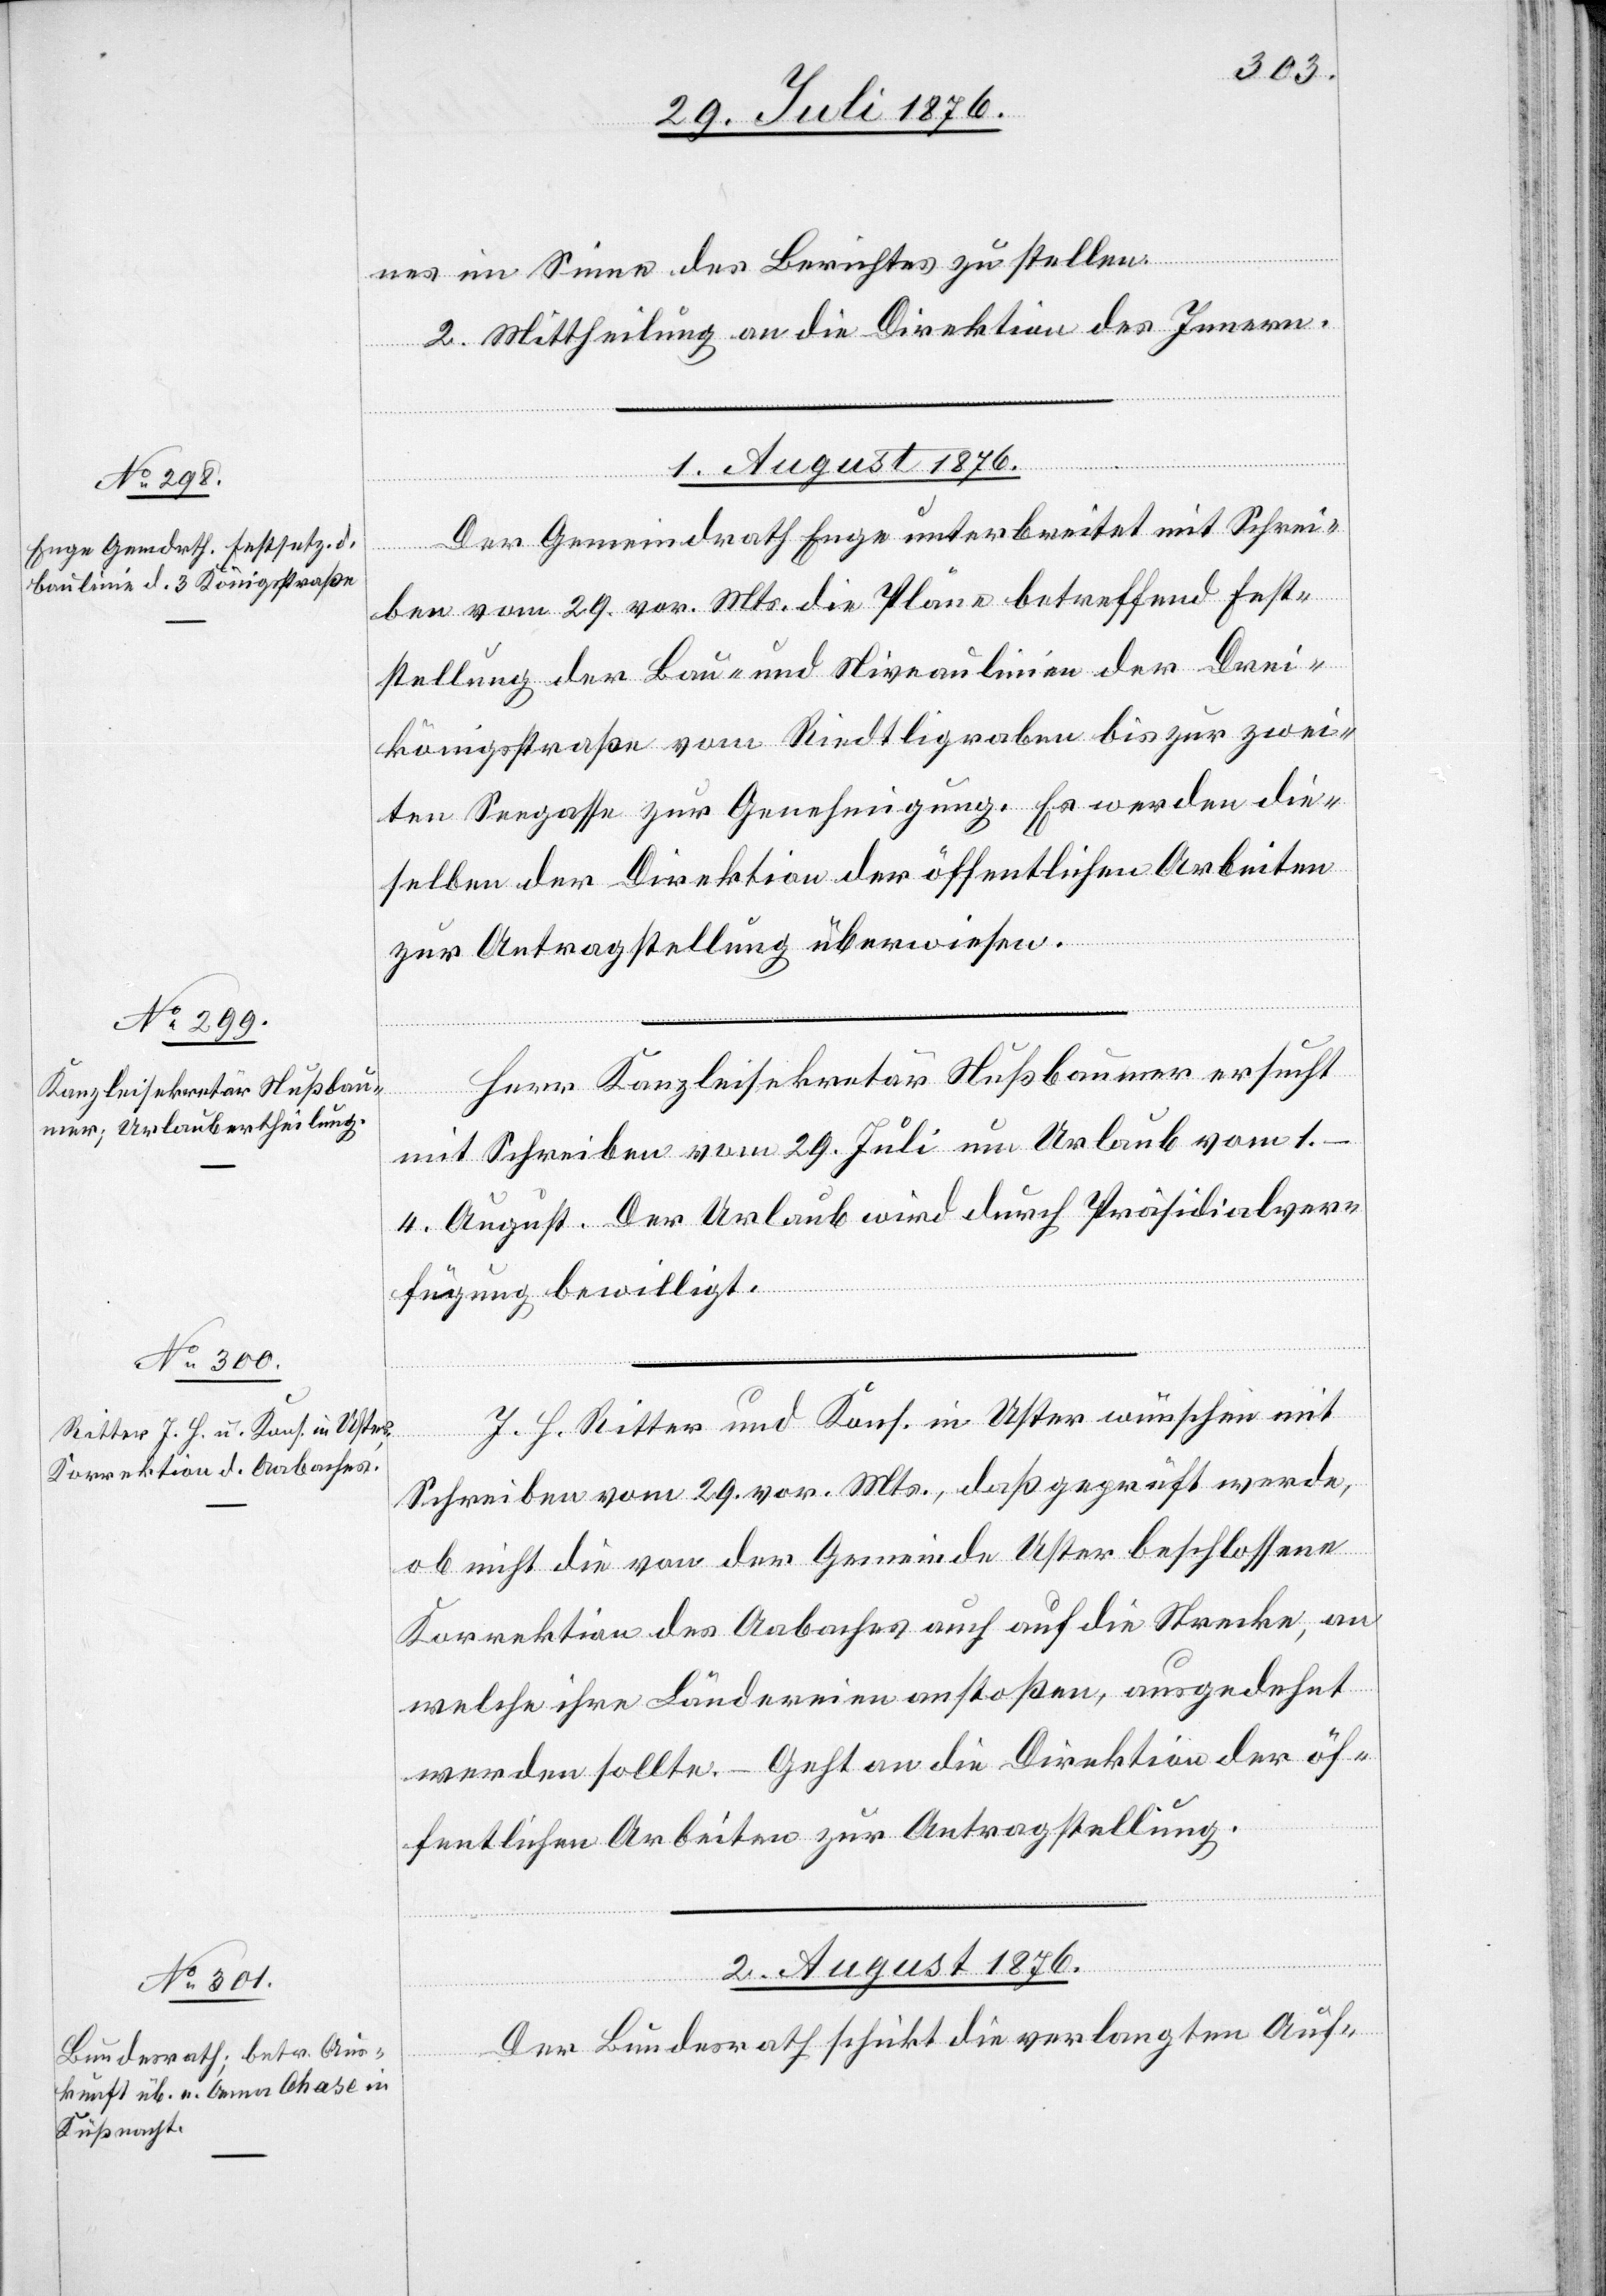
nes im Sinne des Berichtes zu stellen.
2. Mittheilung an die Direktion des Innern.
1. August 1876.]
Der Gemeindrath Enge unterbreitet mit Schrei¬
ben vom 29. vor. Mts. die Pläne betreffen Fest¬
stellung der Bau- und Niveaulinien der Drei¬
königsstraße vom Riedtligraben bis zur zwei¬
ten Seegasse zur Genehmigung. Es werden die¬
selben der Direktion der öffentlichen Arbeiten
zur Antragstellung überwiesen.
Herr Kanzleisekretär Nußbaumer ersucht
mit Schreiben vom 29. Juli um Urlaub vom
1.–4. August. Der Urlaub wird durch Präsidialver¬
fügung bewilligt.
J. H. Ritter und Kons. in Uster wünschen mit
Schreiben vom 29. vor. Mts., daß geprüft werde,
ob nicht die von der Gemeinde Uster beschlossene
Korrektion des Aabaches auch auf die Strecke, an
welche ihre Ländereine anstoßen, ausgedehnt
werden sollte. – Geht an die Direktion der öf¬
fentlichen Arbeiten zur Antragstellung.
2. August 1876.
Der Bundesrath schickt die verlangten Auf-